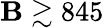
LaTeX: \mathbf{B}\gtrsim845